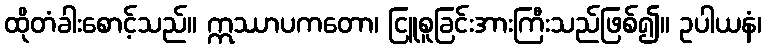
ထိုတံခါးစောင့်သည်။ ဣဿာပကတော၊ ငြူစူခြင်းအားကြီးသည်ဖြစ်၍။ ဥပါယနံ၊